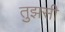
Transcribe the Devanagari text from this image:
तुझसी